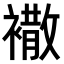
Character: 𧝠